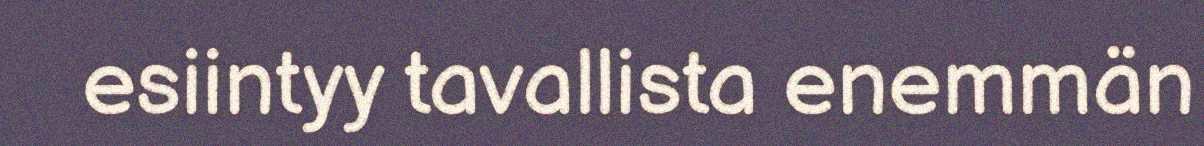
esiintyy tavallista enemmän